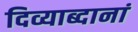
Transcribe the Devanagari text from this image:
दिव्याब्दानां